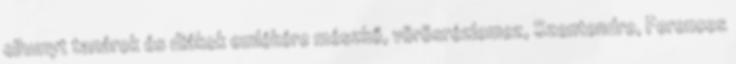
elhunyt tanárok és diákok emlékére mészkő, vörösrézlemez, Szentendre, Ferences